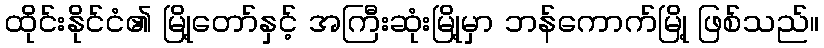
ထိုင်းနိုင်ငံ၏ မြို့တော်နှင့် အကြီးဆုံးမြို့မှာ ဘန်ကောက်မြို့ ဖြစ်သည်။